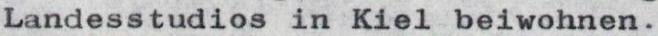
Landesstudios in Kiel beiwohnen.